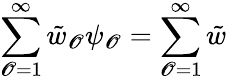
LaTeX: \sum_{\mathscr{O}=1}^{\infty}{\tilde{{w}}}_{\mathscr{O}}\psi_{\mathscr{O}}=\sum_{\mathscr{O}=1}^{\infty}{\tilde{{w}}}